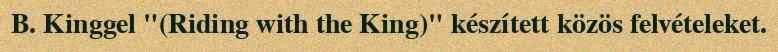
B. Kinggel "(Riding with the King)" készített közös felvételeket.